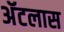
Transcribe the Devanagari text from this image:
अॅटलास